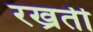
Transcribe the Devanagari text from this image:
रख्रती